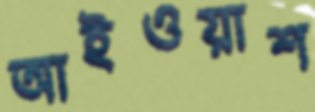
আইওয়াশ